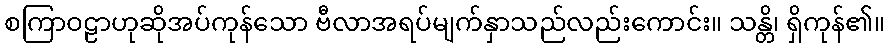
စကြာဝဠာဟုဆိုအပ်ကုန်သော ဗီလာအရပ်မျက်နှာသည်လည်းကောင်း။ သန္တိ၊ ရှိကုန်၏။